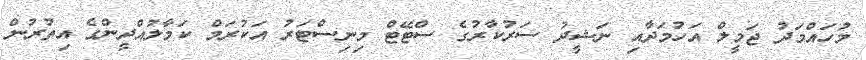
މުހައްމަދު ޖަމީލް އަހުމަދާއި ނަޝީދު ސަރުކާރުގެ ސްޓޭޓް މިނިސްޓަރު އަކުރަމް ކަމާލުއްދީންގެ އިތުރުން